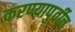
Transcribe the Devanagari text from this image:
करण्यापुर्वीच